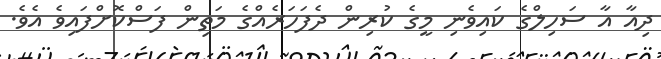
ދިއާ އާ ސަހިލްގެ ކައިވެނި މީގެ ކުރިން ދެފަހަރެއްގެ މަތިން ފަސްކޮށްފައިވެ އެވެ.